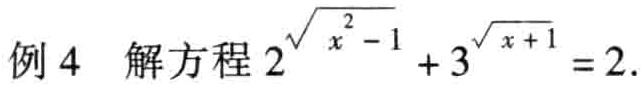
例4 解方程 \(2^{\sqrt{x^{2}-1}} + 3^{\sqrt{x + 1}} = 2\).